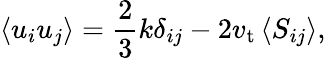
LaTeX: \left\langle u_{i}u_{j}\right\rangle=\frac{2}{3}k\delta_{ij}-2v_{\mathrm{t}}\left\langle S_{ij}\right\rangle,